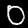
Label: 0